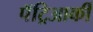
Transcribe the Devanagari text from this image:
पॅट्रिआर्की